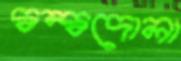
দ্বন্দ্বদোলা